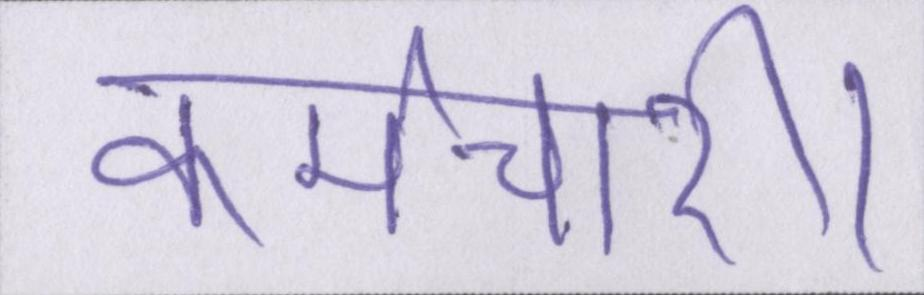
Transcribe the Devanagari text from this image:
कर्मचारी